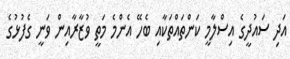
އަދި ސައުދީގެ އިސްލާމީ ކަންތައްތަކާއި ބެހޭ އެންމެ މަތީ ވުޒާރާއިން ވަނީ ގެފުޅުގެ